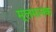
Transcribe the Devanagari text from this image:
मूलमानक